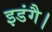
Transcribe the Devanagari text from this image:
इडंगै।